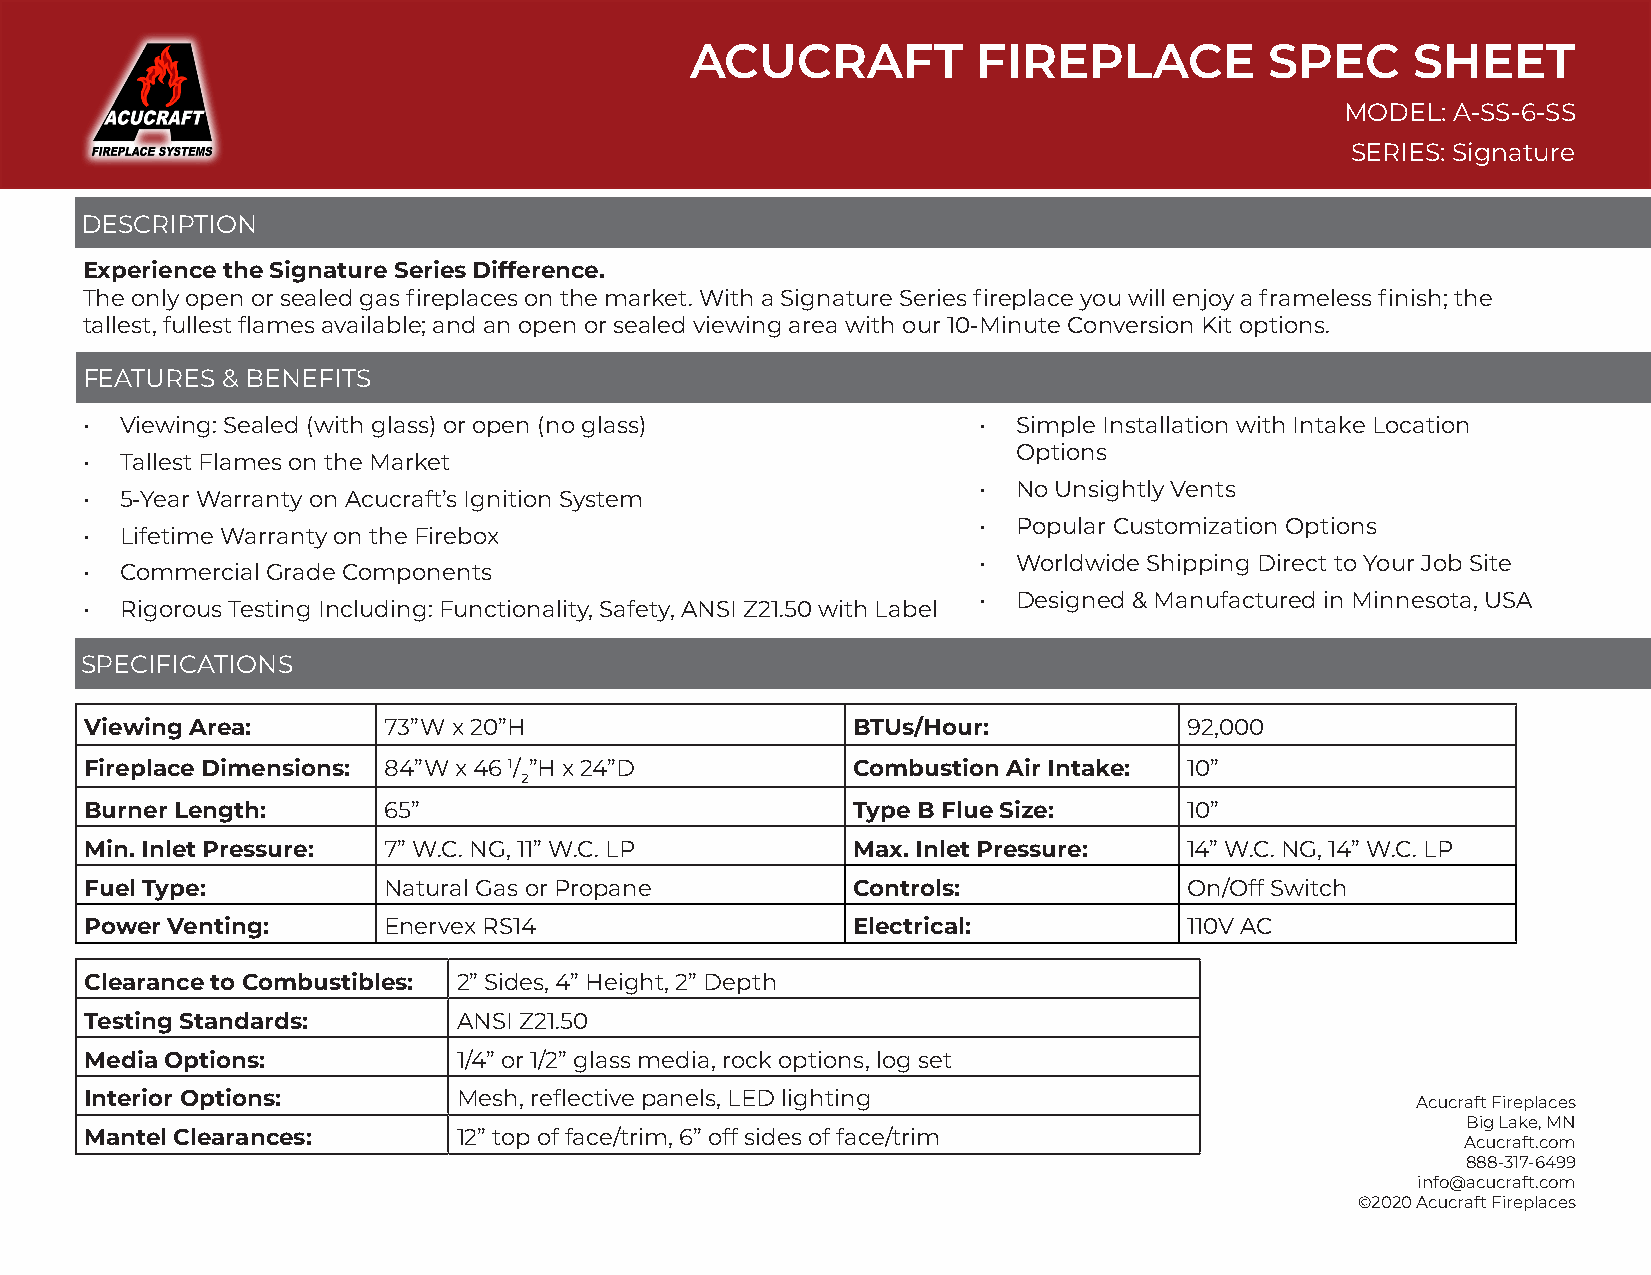
ACUCRAFT           FIREPLACE          SPEC     SHEET
 MODEL: A-SS-6-SS
 SERIES: Signature
 DESCRIPTION
 Experience the Signature Series Difference.
 The only open or sealed gas fireplaces on the market. With a Signature Series fireplace you will enjoy a frameless finish; the
 tallest, fullest flames available; and an open or sealed viewing area with our 10-Minute Conversion Kit options.
 FEATURES  & BENEFITS
 •  Viewing: Sealed (with glass) or open (no glass)          • Simple Installation with Intake Location
 Options
 •  Tallest Flames on the Market
 • No Unsightly Vents
 •  5-Year Warranty on Acucraft’s Ignition System
 • Popular Customization Options
 •  Lifetime Warranty on the Firebox
 • Worldwide Shipping Direct to Your Job Site
 •  Commercial Grade Components
 • Designed & Manufactured in Minnesota, USA
 •  Rigorous Testing Including: Functionality, Safety, ANSI Z21.50 with Label
 SPECIFICATIONS
 Viewing Area:      73”W x 20”H                    BTUs/Hour:             92,000
 Fireplace Dimensions: 84”W x 46 1/ ”H x 24”D      Combustion Air Intake: 10”
 2
 Burner Length:     65”                            Type B Flue Size:      10”
 Min. Inlet Pressure: 7” W.C. NG, 11” W.C. LP      Max. Inlet Pressure:   14” W.C. NG, 14” W.C. LP
 Fuel Type:         Natural Gas or Propane         Controls:              On/Off Switch
 Power Venting:     Enervex RS14                   Electrical:            110V AC
 Clearance to Combustibles: 2” Sides, 4” Height, 2” Depth
 Testing Standards:      ANSI Z21.50
 Media Options:          1/4” or 1/2” glass media, rock options, log set
 Interior Options:       Mesh, reflective panels, LED lighting                           Acucraft Fireplaces
 Big Lake, MN
 Mantel Clearances:      12” top of face/trim, 6” off sides of face/trim
 Acucraft.com
 888-317-6499
 info@acucraft.com
 ©2020 Acucraft Fireplaces